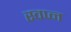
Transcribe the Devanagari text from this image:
स्‍वप्‍न